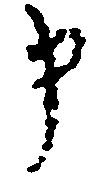
申